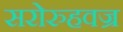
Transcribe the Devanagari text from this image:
सरोरुहवज्र